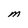
Character: M